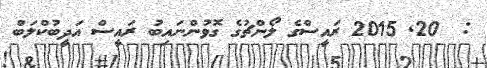
:  20